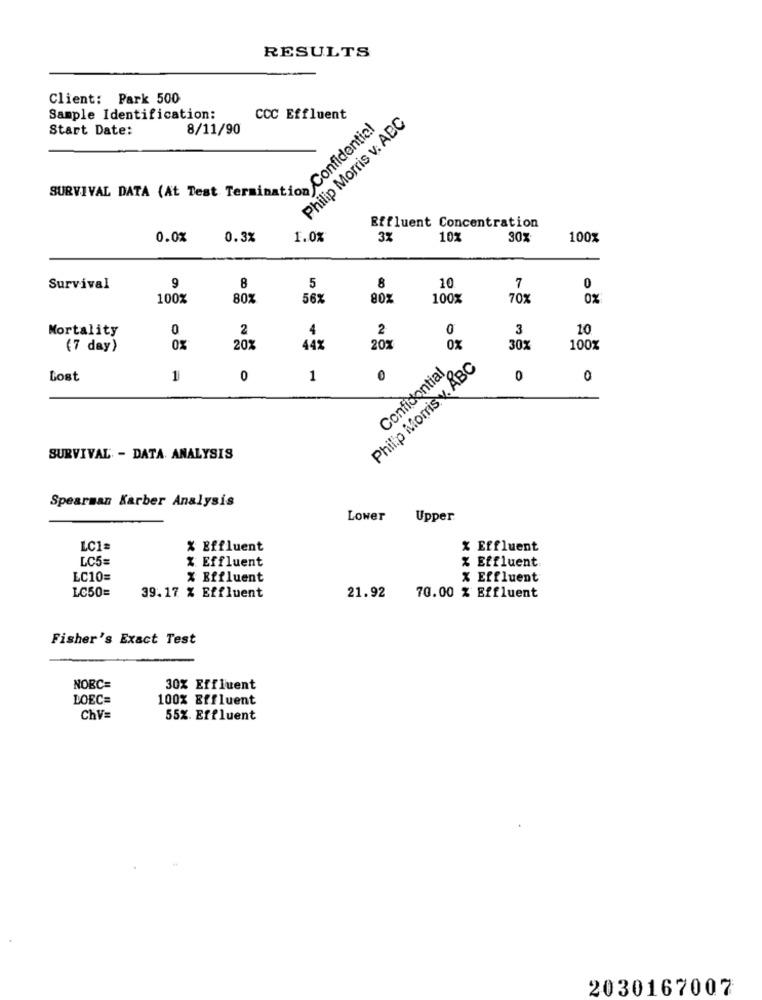
RESULTS
Client: Park 500
Sample Identification:
CCC Effluent
Philip Morris v. ABC
Start Date:
8/11/90
SURVIVAL DATA (AL Test Terminare confiden
Effluent Concentration
0.0%
0.3%
1.0%
3%
10%
30%
100%
9
8
5
8
Survival
10
7
0
100%
80%
56%
100%
70%
0%
0
Mortality
0
2
4
2
3
10
(7 day)
0%
20%
442
20%
OX
30%
100%
Philip Morris v. ABC
Confidential
Lost
1
0
1
0
SURVIVAL - DATA ANALYSIS
Spearman Karber Analysis
Lower
Upper
LC1=
% Effluent
x Effluent
LC5
% Effluent
% Effluent
LC10=
% Effluent
% Effluent
LC50=
39.17 % Effluent
21.92
70.00 % Effluent
Fisher's Exact Test
NOBC=
30% Effluent
DOEC=
100% Effluent
ChV=
55%. Effluent
2030167007